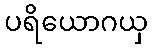
ပရိယောဂယှ